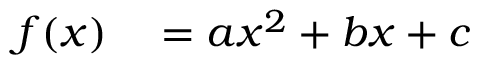
\begin{array} { r l } { f ( x ) } & { { } = a x ^ { 2 } + b x + c } \end{array}